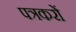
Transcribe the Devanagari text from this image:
पत्रकरों